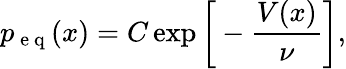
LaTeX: p_{\mathrm{~e~q~}}(x)=C\exp\bigg[-\frac{V(x)}{\nu}\bigg],